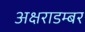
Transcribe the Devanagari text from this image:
अक्षराडम्बर